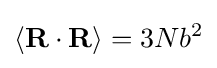
\langle \mathbf {R} \cdot \mathbf {R} \rangle =3Nb^{2}